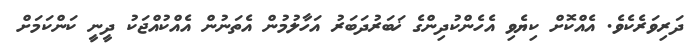
ދަރިވަރެކެވެ. އެއްކޮށް ކިޔެވި އެހެންކުދިންގެ ޚަބަރުދަބަރު އަހާލުމުން އެތަނުން އެއްކުއްޖަކު ދީނީ ކަންކަމަށް